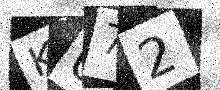
Text: K072